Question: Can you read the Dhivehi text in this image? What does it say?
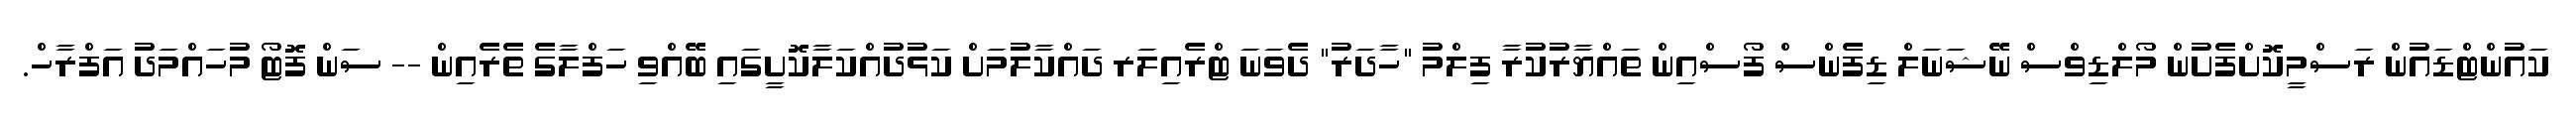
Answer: ކައުންޓްޑައުން ރަސްމީކޮށްފެށުން މޯލްޑިވްސް ނޭޝަނަލް ޑިފެންސް ފޯސްއިން ތައްޔާރުކުރާ ފިލްމު "ހާދަރު" ދެވަނަ ޓްރެއިލަރ ދައްކާލުމަށް ކަޅުދުއްކަލާކޮށީގައި ބޭއްވި ހަފްލާގެ ތެރެއިން -- ސަން ފޮޓޯ މުހައްމަދު އަފްރާހް.